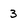
Character: 3